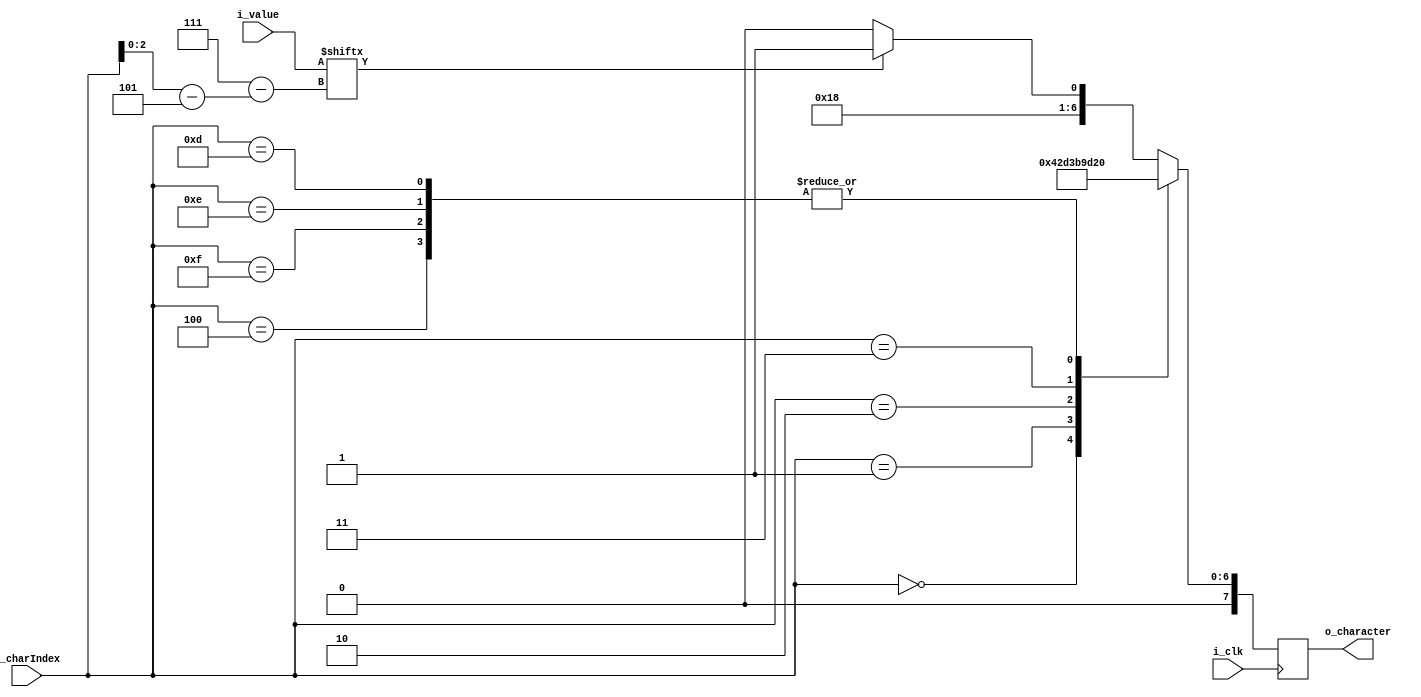
module binaryRow (input i_clk,
                input [7:0] i_value,
                input [3:0] i_charIndex,
                output [7:0] o_character);

reg [7:0] r_character;
assign o_character = r_character;

wire [2:0] r_bitNumber;
assign r_bitNumber = i_charIndex - 5; //binary value is printed starting at 6th character

always @(posedge i_clk)
begin
    case(i_charIndex)
        0: r_character <= "B";
        1: r_character <= "i";
        2: r_character <= "n";
        3: r_character <= ":";
        4: r_character <= " ";
        13, 14,15: r_character <= " ";
        default: r_character <= (i_value[7 - r_bitNumber]) ? "1" : "0"; //print "1" or "0" depending on bit value, starting with MSB at left 
    endcase
end     


endmodule